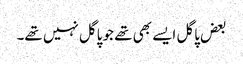
بعض پاگل ایسے بھی تھے جو پاگل نہیں تھے۔